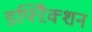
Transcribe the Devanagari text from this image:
डफ्ऱैिक्शन